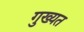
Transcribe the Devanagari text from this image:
गुख्यत